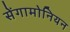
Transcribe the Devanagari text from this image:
सेंगामोनियन